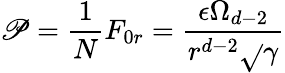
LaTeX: \mathscr{P}=\frac{{1}}{{N}}F_{0r}=\frac{{\epsilon\Omega_{d-2}}}{{r^{d-2}\sqrt{}{{\gamma}}}}